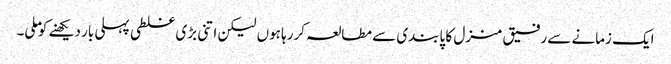
ایک زمانے سے رفیق منزل کا پابندی سے مطالعہ کررہا ہوں لیکن اتنی بڑی غلطی پہلی بار دیکھنے کو ملی۔